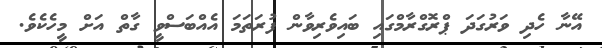
އޭނާ ހެދި ވަރުގަދަ ޕްރޮގްރާމްގައި ބައިވެރިވާން ފުރަތަމަ އެއްބަސްވީ ގާތް އަށް މީހެކެވެ.